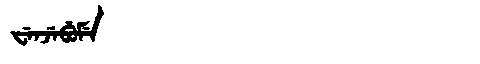
Manchu: ᠸᡝᠨᠵᡝᠪᡠᠮᡝ
Romanization: WENJEBUME